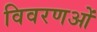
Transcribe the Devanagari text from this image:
विवरणओं